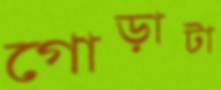
গোড়াটা